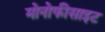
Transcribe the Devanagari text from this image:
मोनोफीसाइट